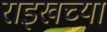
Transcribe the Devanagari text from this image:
राइखच्या